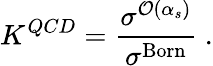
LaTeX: K^{QCD}={\frac{\sigma^{{\cal O}(\alpha_{s})}}{\sigma^{\mathrm{Born}}}}~.